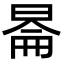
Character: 𬀿